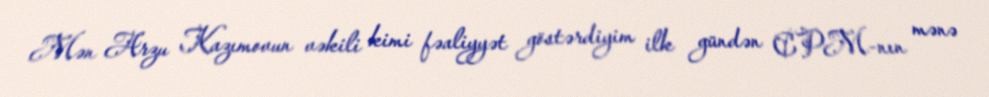
Mən Arzu Kazımovun vəkili kimi fəaliyyət göstərdiyim ilk gündən CPM-nın mənə